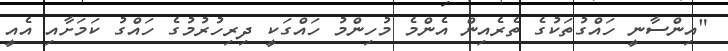
"އިންސާނީ ހައްގުތަކުގެ ތެރެއިން އެންމެ މުހިންމު ހައްގަކީ ދިރިހުރުމުގެ ހައްގު ކަމަށާއި އެއީ